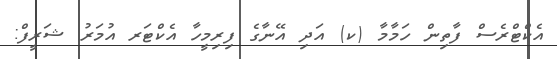
އެކްޓްރެސް ފާތިން ހަމާމާ (ކ) އަދި އޭނާގެ ފިރިމީހާ އެކްޓަރ އުމަރު ޝަރީފް: